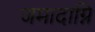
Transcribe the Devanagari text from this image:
जमादाग्नि